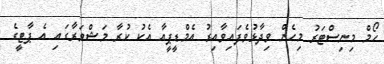
ހޯމް މިނިސްޓަރު މިހެން ވިދާޅުވެފައިވާއިރު އެމްޑީޕީއާ އެކު ކުރާ މަޝްވަރާގައި އެ ޕާޓީގެ